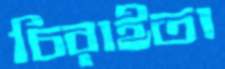
চিরাইতা